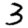
Digit: 3